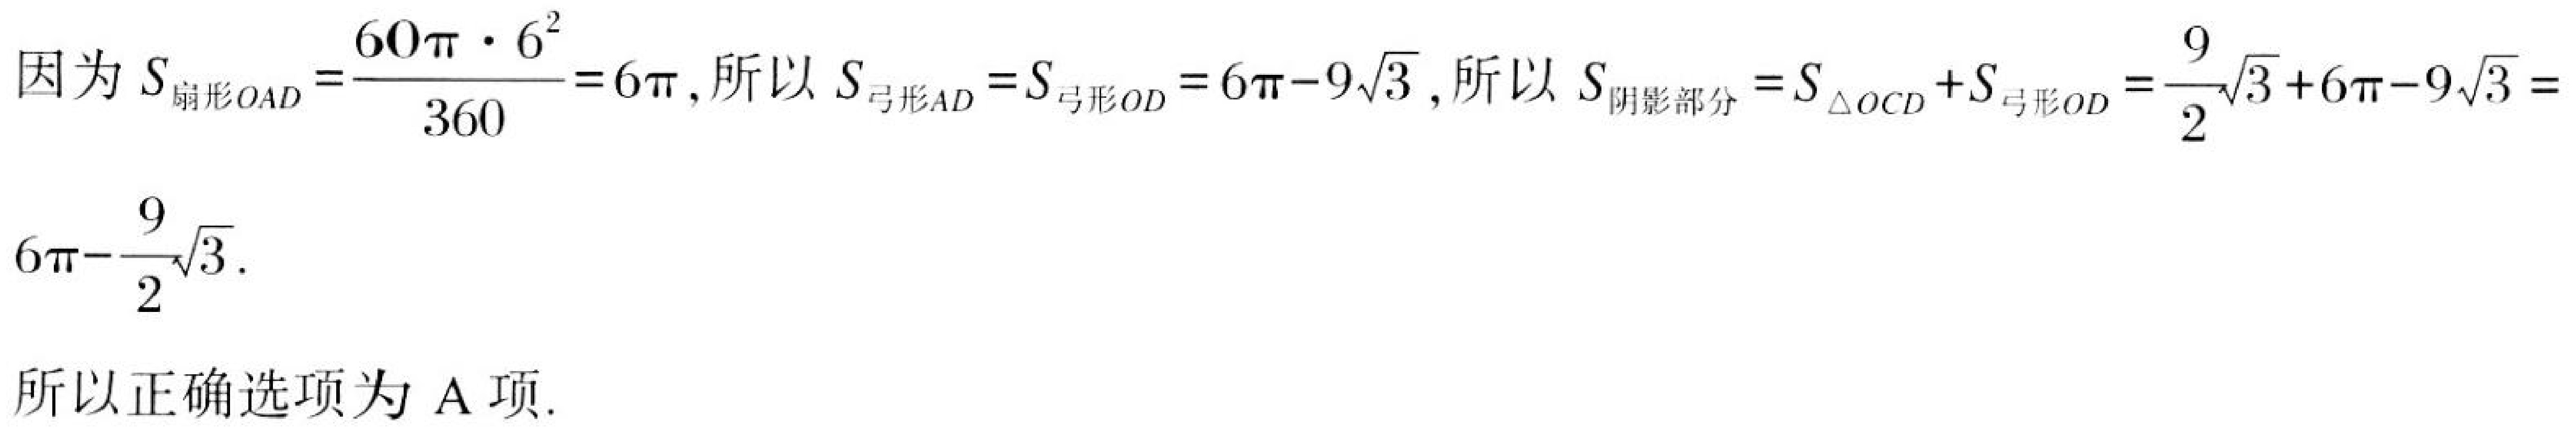
因为 \(S_{扇形OAD}=\frac{60\pi\cdot6^{2}}{360}=6\pi\)，所以 \(S_{弓形AD}=S_{弓形OD}=6\pi - 9\sqrt{3}\)，所以 \(S_{阴影部分}=S_{\triangle OCD}+S_{弓形OD}=\frac{9}{2}\sqrt{3}+6\pi - 9\sqrt{3}=6\pi-\frac{9}{2}\sqrt{3}\)。

所以正确选项为 A 项.